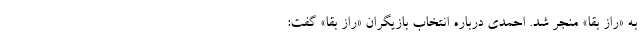
به «راز بقا» منجر شد. احمدی درباره انتخاب بازیگران «راز بقا» گفت: